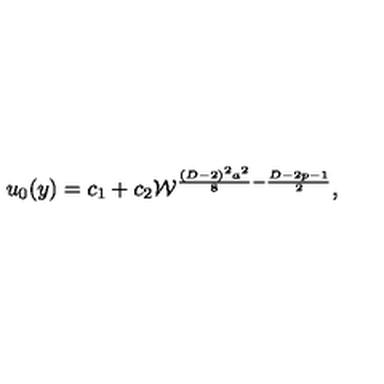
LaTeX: u _ { 0 } ( y ) = c _ { 1 } + c _ { 2 } { \cal W } ^ { { \frac { ( D - 2 ) ^ { 2 } a ^ { 2 } } { 8 } } - { \frac { D - 2 p - 1 } { 2 } } } ,